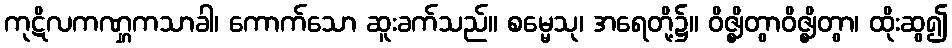
ကုဋိလကဏ္ဋကသာခါ၊ ကောက်သော ဆူးခက်သည်။ စမ္မေသု၊ အရေတို့၌။ ဝိဇ္ဈိတွာဝိဇ္ဈိတွာ၊ ထိုးဆွ၍